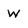
Character: W